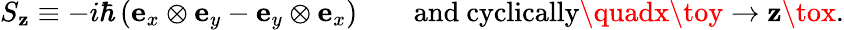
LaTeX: S_{\mathbf{z}}\equiv-i\hbar\left(\mathbf{{e}}_{x}\otimes\mathbf{{e}}_{y}-\mathbf{{e}}_{y}\otimes\mathbf{{e}}_{x}\right)\qquad{\mathrm{{and~cyclically}}}\quadx\toy\to\mathbf{z}\tox.